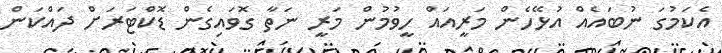
އެކަމުގަ ނުބައެއް އުޅޭހެން މަރީއައް ހީވުމުން މަރީ ނަތާ ގޮވައިގެން ޑޮކްޓަރަށް ދައްކަން